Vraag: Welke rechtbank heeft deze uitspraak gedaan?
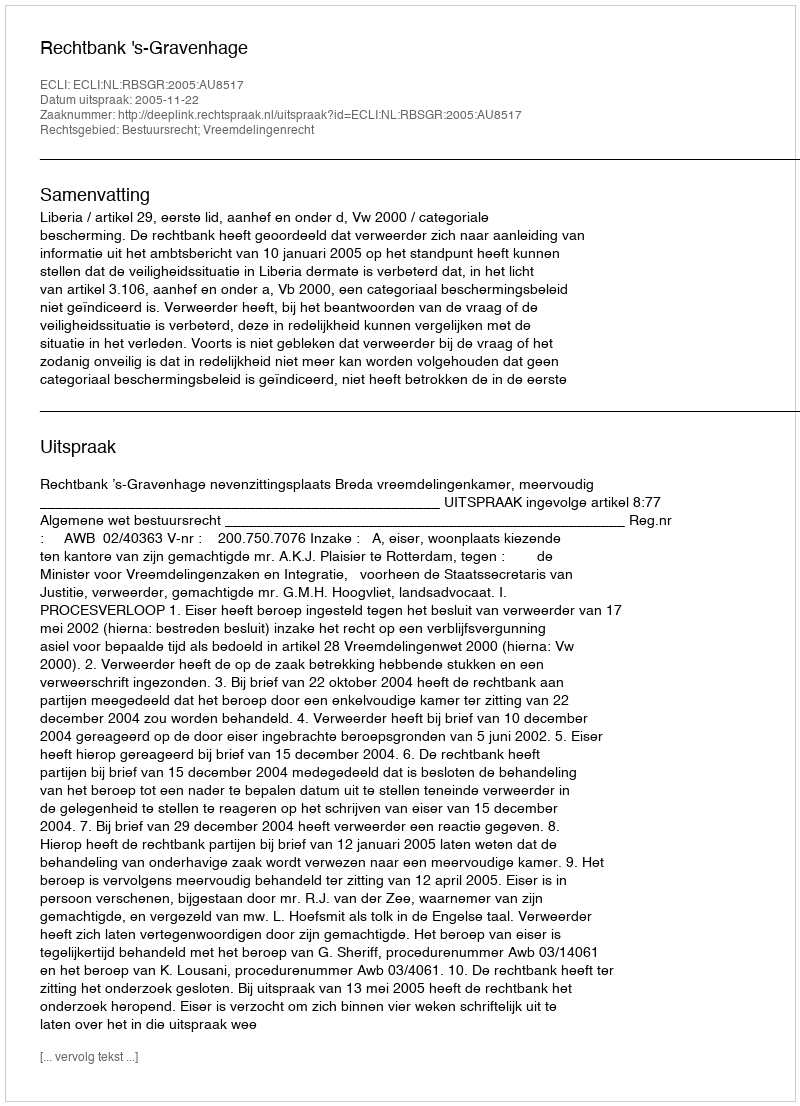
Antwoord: Rechtbank 's-Gravenhage